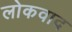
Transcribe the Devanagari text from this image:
लोकवाद